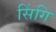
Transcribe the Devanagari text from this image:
सिंगि